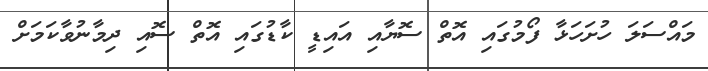
މައްސަލަ ހުށަހަޅާ ފޯމުގައި އޮތް ސޮޔާއި އައިޑީ ކާޑުގައި އޮތް ސޮއި ދިމާނުވާކަމަށް